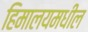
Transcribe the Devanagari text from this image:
हिमालयमधील